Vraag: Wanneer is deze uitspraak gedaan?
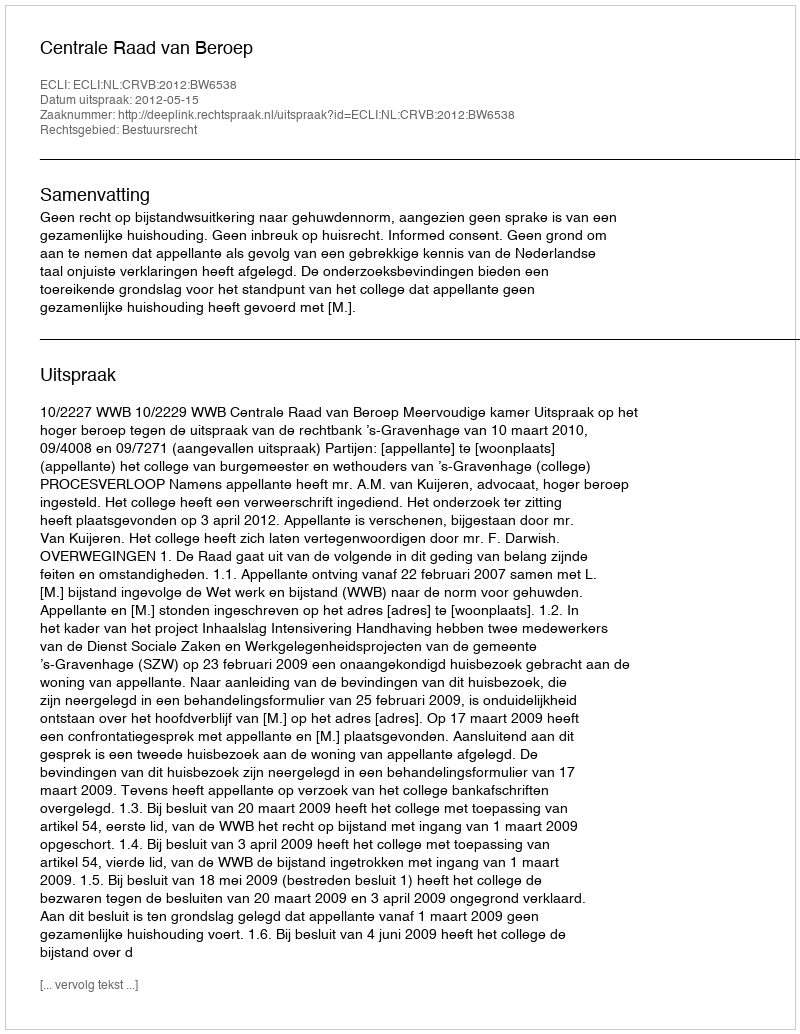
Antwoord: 2012-05-15